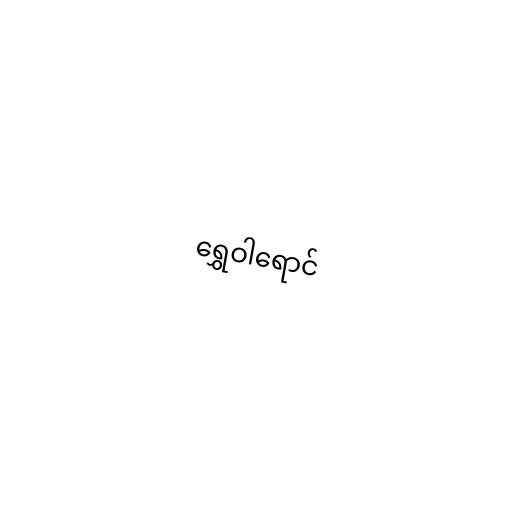
ရွှေဝါရောင်